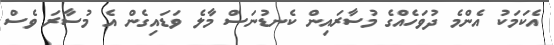
އެކަމަކު އެންމެ ދުވަހެއްގެ މުސާރައިން ކެނޑުނަސް މާލެ ވަޑައިގެން އެ މުސާރަ ވެސް